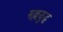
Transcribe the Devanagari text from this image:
मल्लयुद्घ